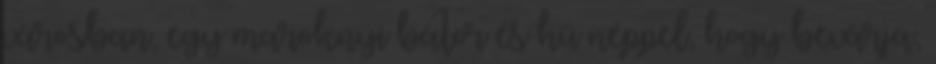
városban, egy maroknyi bátor és hű néppel, hogy bevárja,